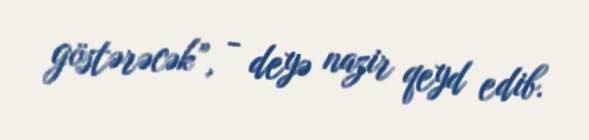
göstərəcək”, - deyə nazir qeyd edib.